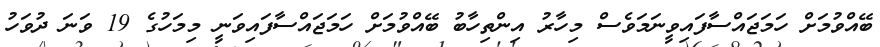
ބޭއްވުމަށް ހަމަޖައްސާފައިވީނަމަވެސް މިހާރު އިންތިހާބު ބޭއްވުމަށް ހަމަޖައްސާފައިވަނީ މިމަހުގެ 19 ވަނަ ދުވަހު